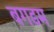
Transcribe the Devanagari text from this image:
बगडम